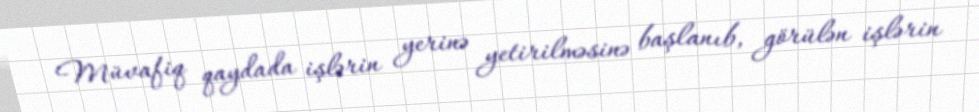
Müvafiq qaydada işlərin yerinə yetirilməsinə başlanıb, görülən işlərin